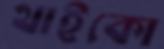
থাইকো